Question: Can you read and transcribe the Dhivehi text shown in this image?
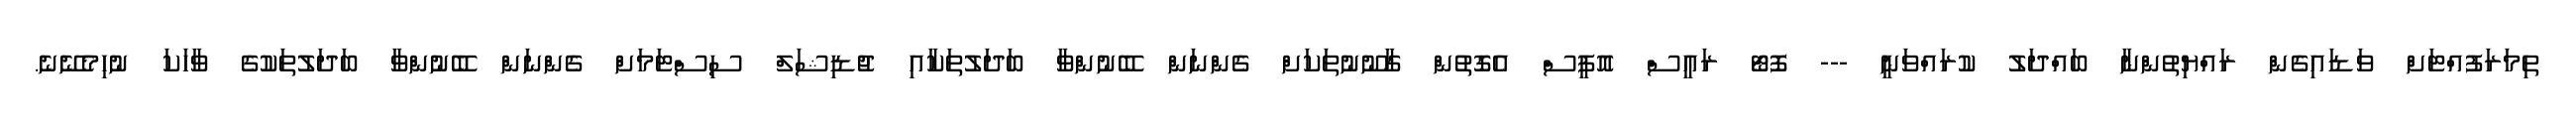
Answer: ތިމަރަފުއްޓަށް ވަޑައިގެން ރައްޔިތުންނާ ބައްދަލު ކުރައްވަނީ --- ފޮޓޯ ރައީސް އޮފީސް އެގޮތުން ގާނޫނުތަކަށް ގެންނަން ބޭނުންވާ ބަދަލުތަކާއި ޖުޑިޝަލް ސިސްޓަމަށް ގެންނަން ބޭނުންވާ ބަދަލުތަކުގެ ވާހަކަ ނުހިމެނޭނެ.